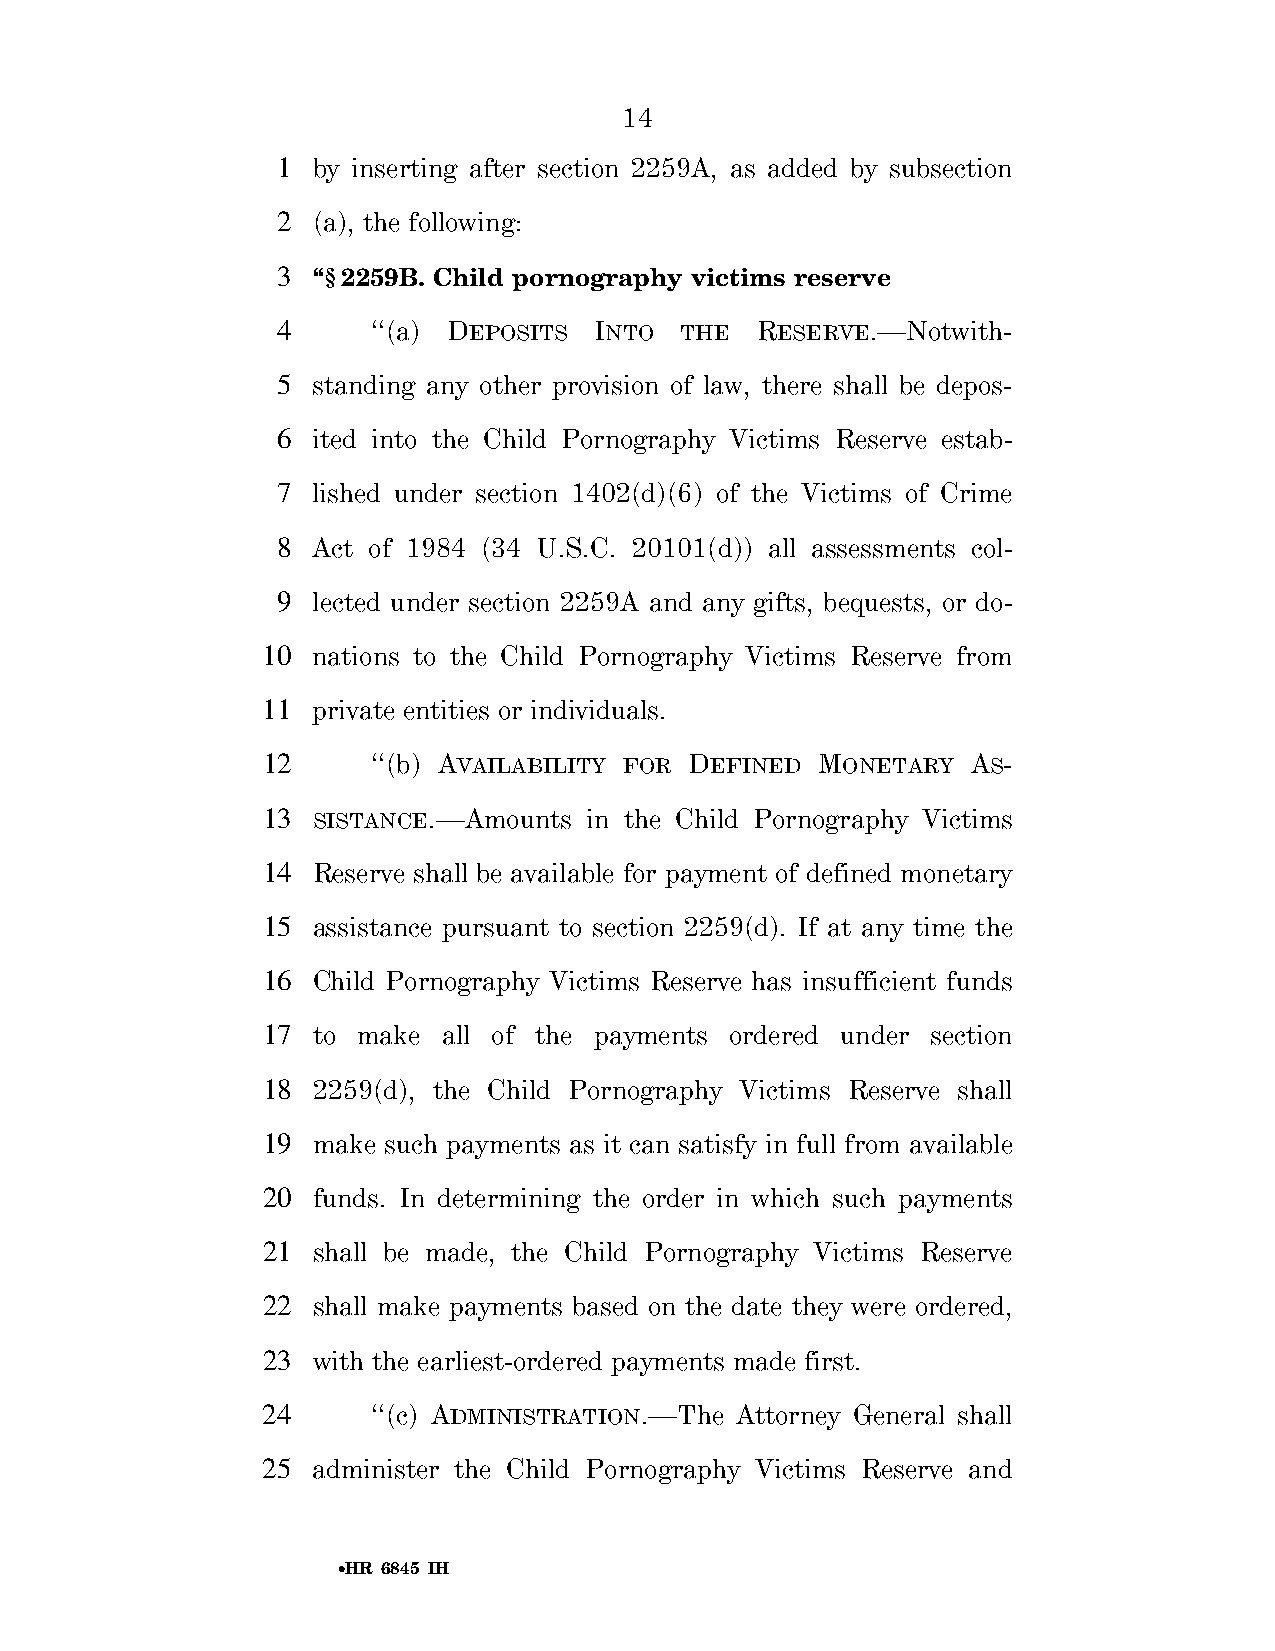
14
 1  by inserting after section 2259A, as added by subsection
 2  (a), the following:
 3  ‘‘§2259B. Child pornography victims reserve
 4      ‘‘(a) DEPOSITS INTO THE  RESERVE.—Notwith-
 5  standing any other provision of law, there shall be depos-
 6  ited into the Child Pornography Victims Reserve estab-
 7  lished under section 1402(d)(6) of the Victims of Crime
 8  Act of 1984 (34 U.S.C. 20101(d)) all assessments col-
 9  lected under section 2259A and any gifts, bequests, or do-
 10  nations to the Child Pornography Victims Reserve from
 11  private entities or individuals.
 12      ‘‘(b) AVAILABILITY FOR DEFINED MONETARY AS-
 13  SISTANCE.—Amounts in the Child Pornography Victims
 14  Reserve shall be available for payment of defined monetary
 15  assistance pursuant to section 2259(d). If at any time the
 16  Child Pornography Victims Reserve has insufficient funds
 17  to make all of the payments ordered under section
 18  2259(d), the Child Pornography Victims Reserve shall
 19  make such payments as it can satisfy in full from available
 20  funds. In determining the order in which such payments
 21  shall be made, the Child Pornography Victims Reserve
 22  shall make payments based on the date they were ordered,
 23  with the earliest-ordered payments made first.
 24      ‘‘(c) ADMINISTRATION.—The Attorney General shall
 25  administer the Child Pornography Victims Reserve and
 •HR 6845 IH
 VerDate Sep 11 2014 01:37 Sep 22, 2018 Jkt 079200 PO 00000 Frm 00014 Fmt 6652 Sfmt 6201 E:\BILLS\H6845.IH H6845
 SLLIB
 htiw
 DORP280QLG3KSD
 no
 llihld